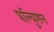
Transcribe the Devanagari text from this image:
पॉल्युशन